Annual vaccination report of Bihar and Orissa - 1911-1928
Year: 1911
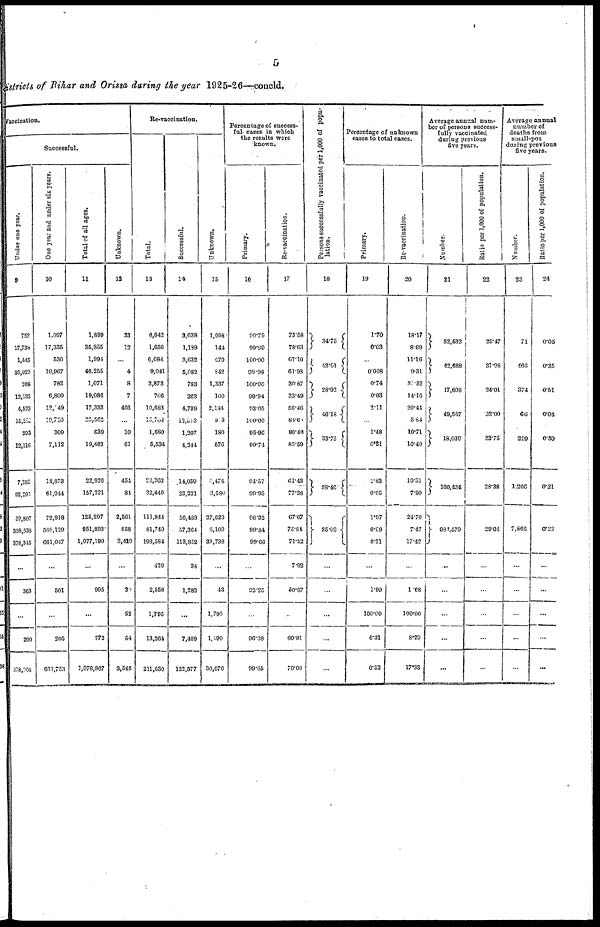
5
districts of Bihar and Orissa during the year 1925-26—concld.
Vaccination.
Successful.
Under one year.
9
752
17,738
1,445
35,023
308
12,132
4,523
15,232
295
12,116
7,283
92,291
30,807
338,538
378,345
...
363
...
200
378,908
One year and under six years.
10
1,097
17,335
536
10,967
782
6,800
12,049
19,730
309
7,112
14,873
61,944
72,918
588,129
661,047
...
501
...
205
661,753
Total of all ages.
11
1,899
35,855
1,994
46,255
1,071
19,086
17,333
20,562
639
19,463
22,936
157,321
125,297
951,893
1,077,190
...
905
...
772
1,078,867
Unknown.
12
33
12
...
4
8
7
403
...
10
61
454
84
2,561
858
3,419
...
20
52
54
3,545
Re-vaccination.
Total.
13
6,043
1,656
6,084
9,041
3,873
706
10,683
15,703
1,680
5,534
23,362
32,640
111,844
81,740
193,584
429
2,558
1,795
13,264
211,630
Successful.
14
3,638
1,189
3,632
5,082
783
203
4,799
12,513
1,207
4,244
14,059
23,231
50,488
57,364
113,852
34
1,282
...
7,409
122,577
Unknown.
15
1,098
144
679
842
1,337
100
2,134
9.8
180
576
5,478
3,580
27,629
6,109
33,738
...
43
1,795
1,190
30,676
Percentage of success-
ful cases in which
the results were
known.
Primary.
16
99.70
99.99
100.00
99.08
100.00
99.94
93.05
100.00
95.96
99.74
94.57
99.95
98.32
99.84
99.66
...
92.25
...
96.38
99.65
Re-vaccination.
17
73.58
78.63
67.19
61.98
30.87
33.49
56.46
84.60
80.46
85.59
61.43
77.38
67.07
75.84
71.22
7.92
50.97
...
60.91
70.06
Persons Successfully vaccinated per 1,000 of popu-
lation.
18
34.75
43.51
28.02
46.18
33.75
38.46
85.02
...
...
...
...
...
Percentage of unknown
cases to total cases.
Primary.
19
1.70
0.03
...
0.008
0.74
0.03
2.11
...
1.48
0.31
1.83
0.05
1.07
0.09
0.31
...
1.90
100.00
6.31
0.32
Re-vaccination.
20
18.17
8.69
11.16
9.31
30.52
14.16
20.44
5.84
10.71
10.40
19.31
7.90
24.70
7.47
17.42
...
1.68
100.00
8.20
17.33
Average annual num-
ber of persons success-
fully vaccinated
during previous
five years.
Number.
21
32,532
42,688
17,608
49,567
18,039
160,434
981,579
...
...
...
...
...
Ratio per 1,000 of population.
22
25.47
31.98
24.01
32.00
23.75
28.38
29.04
...
...
...
...
...
Average annual
number of
deaths from
small-pox
during previous
five years.
Number.
23
71
466
374
66
229
1,206
7,866
...
...
...
...
...
Ratio per 1,000 of population.
24
0.05
0.35
0.51
0.04
0.50
0.21
0.23
...
...
...
...
...